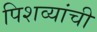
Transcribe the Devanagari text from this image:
पिशव्यांची